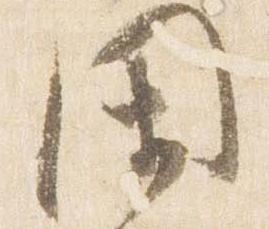
閑